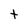
Character: t